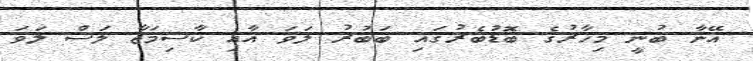
އޭނާ ބުނީ މިހާރުގެ ބޮޑުބެރުގައި ބަބުރު ލަވަ އާއި ކާސިމަޖާ ލަސް ލަވަ